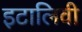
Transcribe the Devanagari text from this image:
इटालिवी